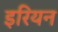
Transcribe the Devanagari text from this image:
इरियन